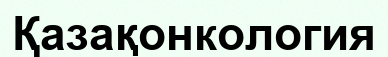
Қазақонкология